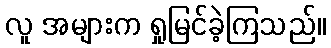
လူ အများက ရှုမြင်ခဲ့ကြသည်။